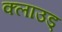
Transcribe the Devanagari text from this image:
क्लाउड्